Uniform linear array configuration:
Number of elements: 48
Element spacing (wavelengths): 1
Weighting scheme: uniform
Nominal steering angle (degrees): -30
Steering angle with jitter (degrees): -31.013
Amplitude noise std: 0.05
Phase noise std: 0.05

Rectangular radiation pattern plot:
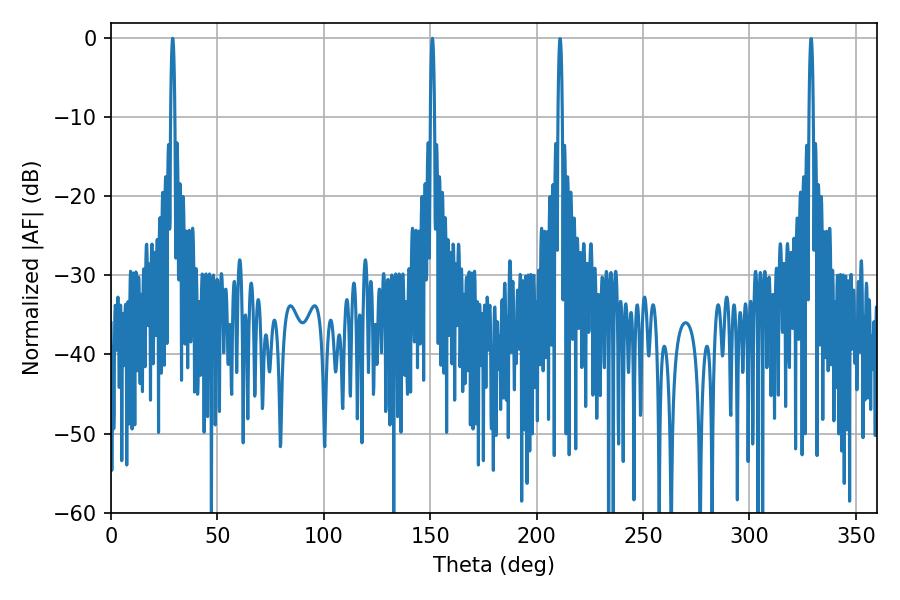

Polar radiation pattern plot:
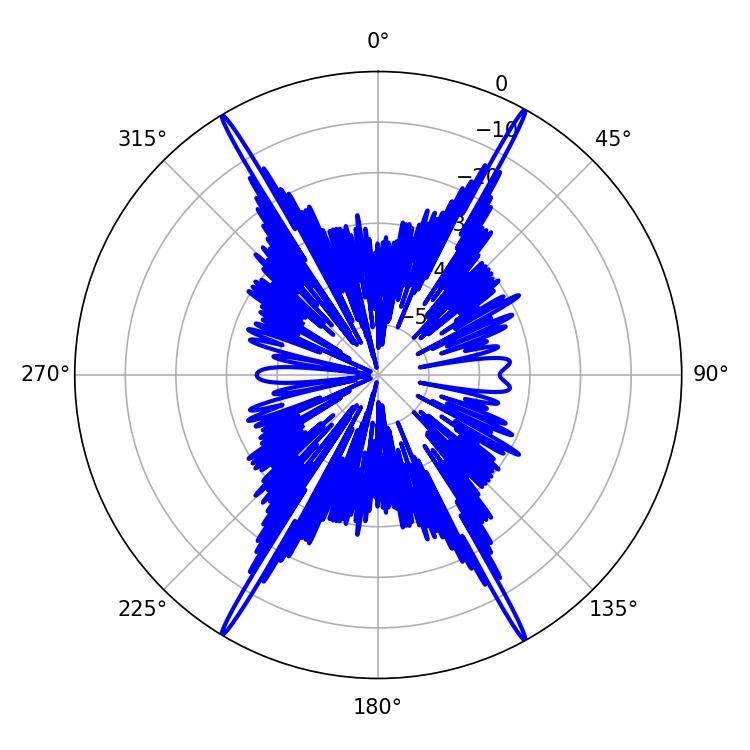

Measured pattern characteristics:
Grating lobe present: TRUE
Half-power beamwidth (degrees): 1.08
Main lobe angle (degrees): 28.98